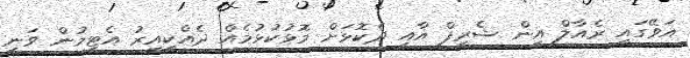
އަވޭގައި ރެއާލް އިން ޝެރިފް އާއި ދެކޮޅަށް މޮޅުކުޅުމެއް ދެއްކިއިރު އެޓީމުން ވަނީ